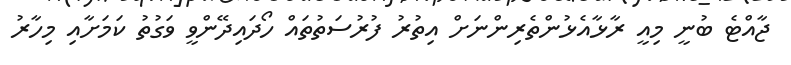
ޖާއްޓެ ބުނީ މިއީ ރާޅާއެޅުންތެރިންނަށް އިތުރު ފުރުސަތުތައް ހޯދައިދޭންވީ ވަގުތު ކަމަށާއި މިހާރު